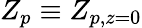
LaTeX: Z_{p}\equiv Z_{p,z=0}